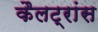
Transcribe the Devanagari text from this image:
कैलट्रांस